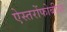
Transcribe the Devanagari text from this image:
ऐस्तरोंफोबीया